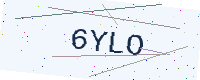
Text: 6YLO